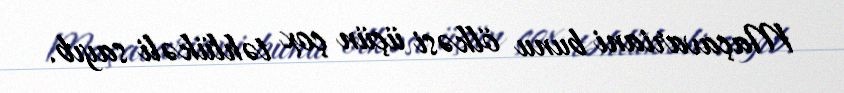
Maçavariani bunu ölkəsi üçün çox təhlükəli sayıb.